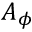
A _ { \phi }